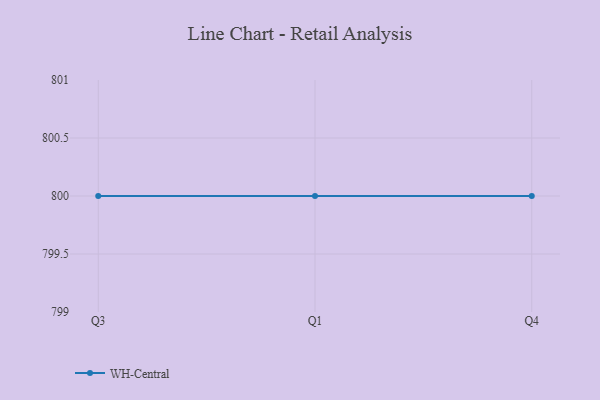
{"axis": {"x": "Quarter", "y": "Budget (USD K)"}, "legend": ["WH-Central"], "data": [{"x": "Q3", "y": 800, "type": "WH-Central"}, {"x": "Q1", "y": 800, "type": "WH-Central"}, {"x": "Q4", "y": 800, "type": "WH-Central"}]}